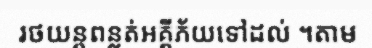
រថយន្តពន្លត់អគ្គីភ័យទៅដល់ ។តាម